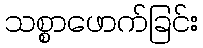
သစ္စာဖောက်ခြင်း